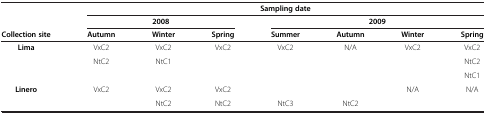
<table><thead><tr><td><b> </b></td><td colspan="7"><b>Sampling date</b></td></tr><tr><td><b> </b></td><td colspan="3"><b>2008</b></td><td colspan="4"><b>2009</b></td></tr><tr><td><b>Collection site</b></td><td><b>Autumn</b></td><td><b>Winter</b></td><td><b>Spring</b></td><td><b>Summer</b></td><td><b>Autumn</b></td><td><b>Winter</b></td><td><b>Spring</b></td></tr></thead><tbody><tr><td><b>Lima</b></td><td>VxC2</td><td>VxC2</td><td>VxC2</td><td>VxC2</td><td>N/A</td><td>VxC2</td><td>VxC2</td></tr><tr><td> </td><td>NtC2</td><td>NtC1</td><td> </td><td> </td><td> </td><td> </td><td>NtC2</td></tr><tr><td> </td><td> </td><td> </td><td> </td><td> </td><td> </td><td> </td><td>NtC1</td></tr><tr><td><b>Linero</b></td><td>VxC2</td><td>VxC2</td><td>VxC2</td><td> </td><td> </td><td>N/A</td><td>N/A</td></tr><tr><td> </td><td> </td><td>NtC2</td><td>NtC2</td><td>NtC3</td><td>NtC2</td><td> </td><td> </td></tr></tbody></table>